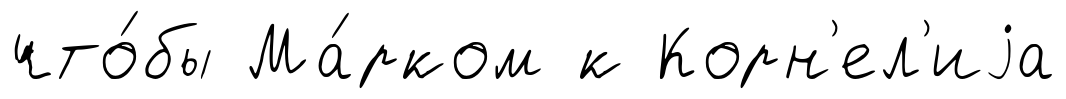
что́бы Ма́рком к Корн'ел'иjа